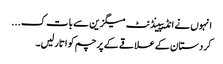
انہوں نے انڈیپینڈنٹ میگزین سے بات ک ...
کردستان کے علاقے کے پرچم کو اتار لیں۔